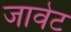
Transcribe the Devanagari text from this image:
जावेट